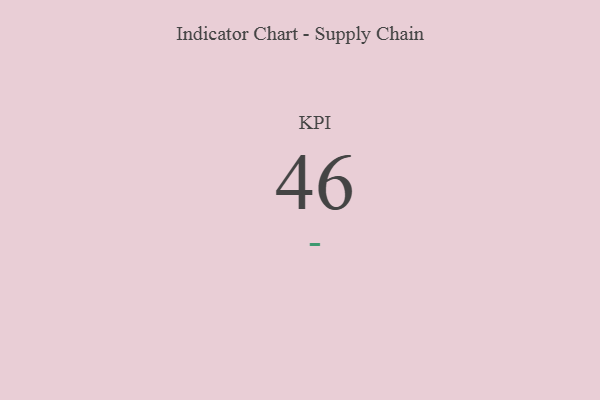
{"axis": {"x": "KPI", "y": "Value"}, "legend": [""], "data": [{"x": "KPI", "y": 46, "type": ""}]}